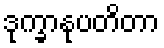
ဒုက္ခာနုပတိတာ